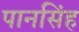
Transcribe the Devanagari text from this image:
पानसिंह